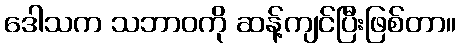
ဒေါသက သဘာဝကို ဆန့်ကျင်ပြီးဖြစ်တာ။